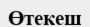
Өтекеш